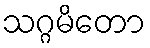
သဂ္ဂမိတော